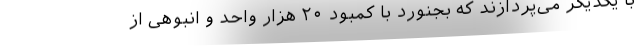
با یکدیگر می‌پردازند که بجنورد با کمبود ۲۰ هزار واحد و انبوهی از